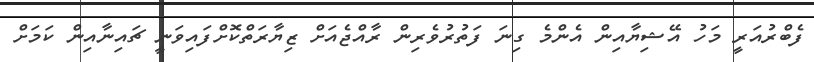
ފެބްރުއަރީ މަހު އޭޝިޔާއިން އެންމެ ގިނަ ފަތުރުވެރިން ރާއްޖެއަށް ޒިޔާރަތްކޮށްފައިވަނީ ޗައިނާއިން ކަމަށް